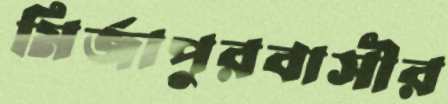
মির্জাপুরবাসীর